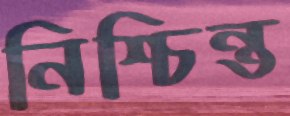
নিশ্চিন্ত